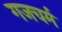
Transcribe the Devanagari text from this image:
गजचर्म